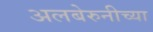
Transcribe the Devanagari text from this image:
अलबेरुनीच्या